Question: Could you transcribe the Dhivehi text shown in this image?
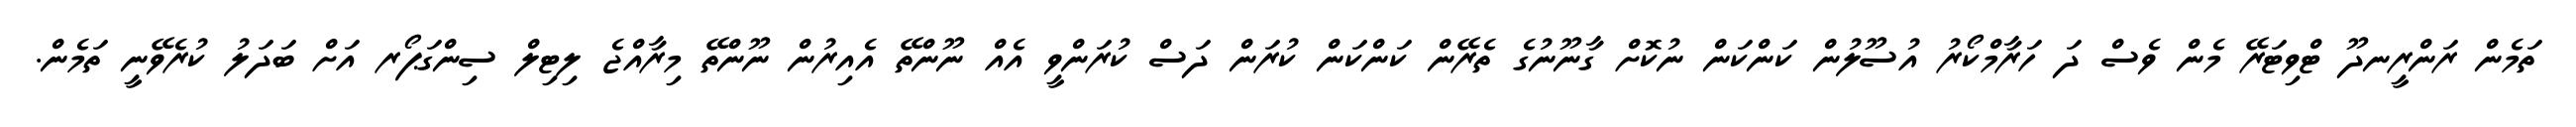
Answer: ތަމެން ރަންރީނދޫ ޓްވިޓަރޭ މެން ވެސް ދަ ހަރާމްކޯރު އުސޫލުން ކަންކަން ނުކޮށް ގާނޫނުގެ ތެރޭން ކަންކަން ކުރަން ދަސް ކުރަންވީ އެއް ނޫންތޭ އެއިރުން ނޫންތޭ މިރާއްޖެ ލިޓިލް ސިންގަޕޯރ އަށް ބަދަލު ކުރެވޭނީ ތަމެން.